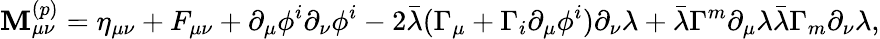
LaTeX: \mathbf{M}_{\mu\nu}^{(p)}=\eta_{\mu\nu}+F_{\mu\nu}+\partial_{\mu}\phi^{i}\partial_{\nu}\phi^{i}-2\bar{{\lambda}}(\Gamma_{\mu}+\Gamma_{i}\partial_{\mu}\phi^{i})\partial_{\nu}\lambda+\bar{{\lambda}}\Gamma^{m}\partial_{\mu}\lambda\bar{{\lambda}}\Gamma_{m}\partial_{\nu}\lambda,